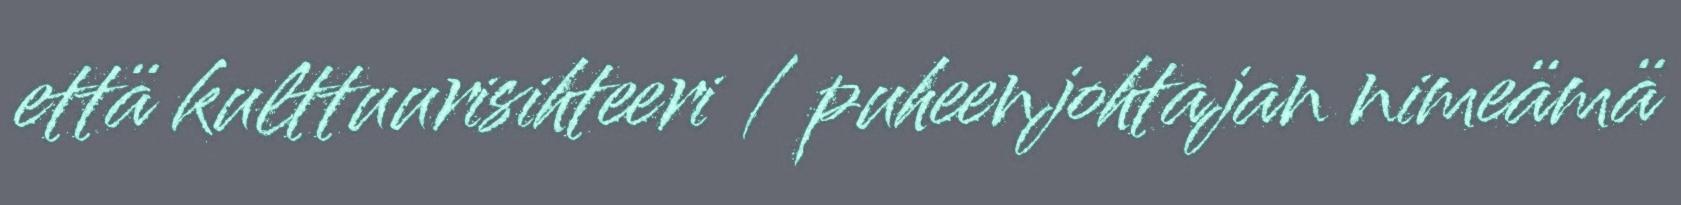
että kulttuurisihteeri / puheenjohtajan nimeämä